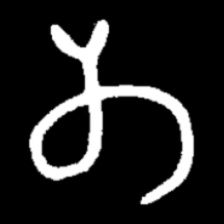
Pyu character \u2014 Myanmar letter: တ (romanized: ta)